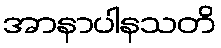
အာနာပါနသတိ